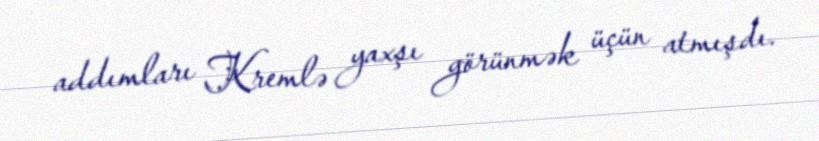
addımları Kremlə yaxşı görünmək üçün atmışdı.